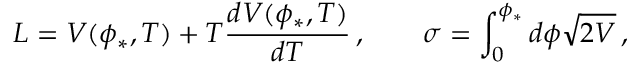
L = V ( \phi _ { * } , T ) + T \frac { d V ( \phi _ { * } , T ) } { d T } \, , \qquad \sigma = \int _ { 0 } ^ { \phi _ { * } } d \phi \sqrt { 2 V } \, ,